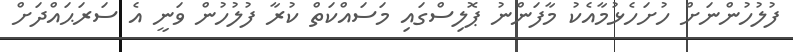
ފުލުހުންނަށް ހުށަހެޅުމާއެކު މާފަންނު ޕޮލިސްގައި މަސައްކަތް ކުރާ ފުލުހުން ވަނީ އެ ސަރަޙައްދަށް